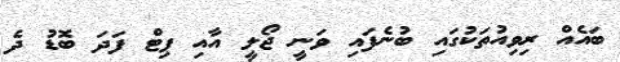
ބައެއް ރިވިއުތަކުގައި ބުނެފައި ވަނީ ޖޯލީ އާއި ޕިޓް ފަދަ ބޮޑު ދެ